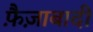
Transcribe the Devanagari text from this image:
फ़ैज़ाबादी